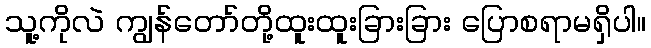
သူ့ကိုလဲ ကျွန်တော်တို့ထူးထူးခြားခြား ပြောစရာမရှိပါ။